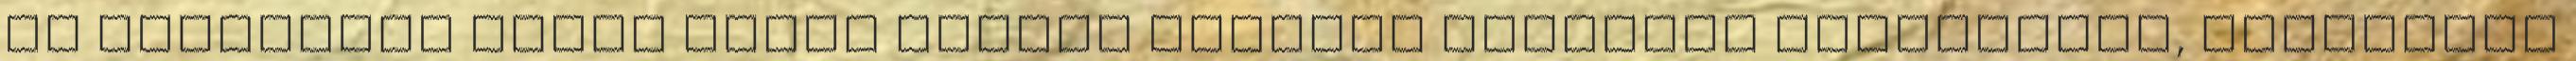
az édesanyám által belém nevelt polgári etikában jóérzésnek, kíméletes